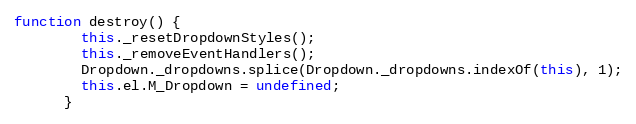
Language: JavaScript
function destroy() {
        this._resetDropdownStyles();
        this._removeEventHandlers();
        Dropdown._dropdowns.splice(Dropdown._dropdowns.indexOf(this), 1);
        this.el.M_Dropdown = undefined;
      }